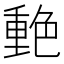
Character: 𰰙